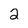
Character: 2